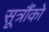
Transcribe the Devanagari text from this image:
सूत्रौंको